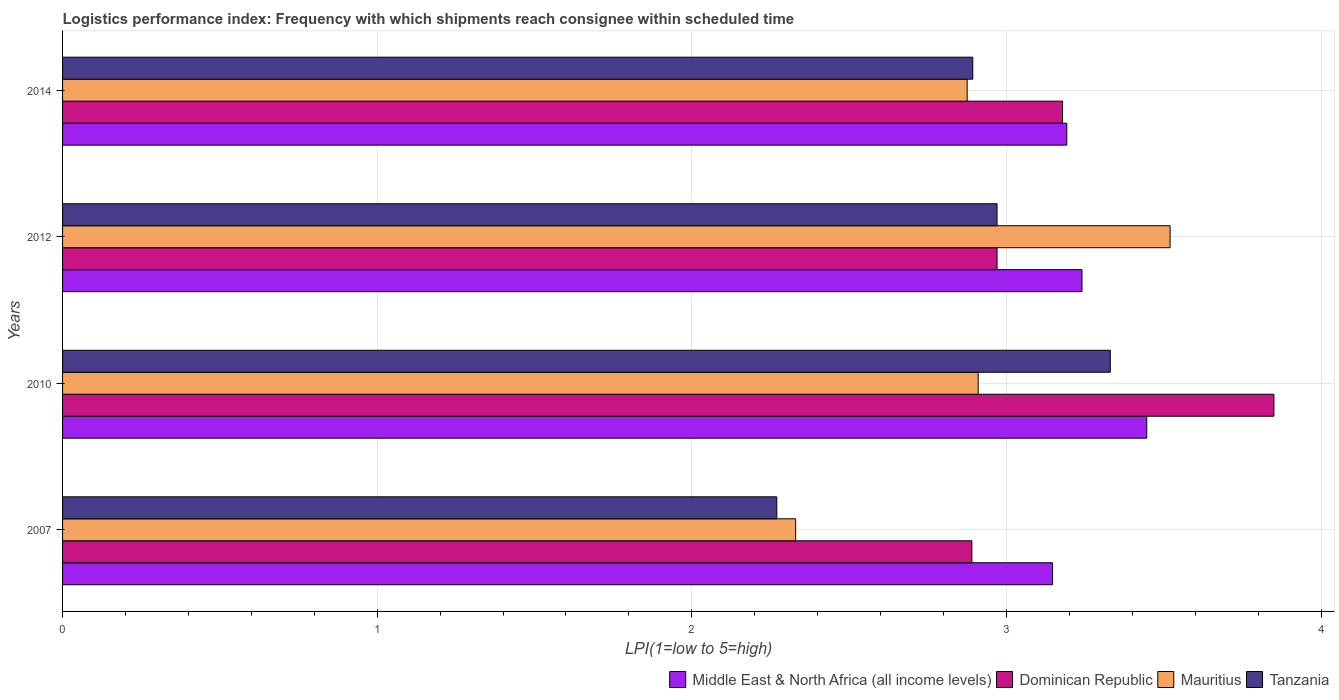
| Years | Middle East & North Africa (all income levels) | Dominican Republic | Mauritius | Tanzania |
 | --- | --- | --- | --- | --- |
 | 2007 | 3.15 | 2.89 | 2.33 | 2.27 |
 | 2010 | 3.45 | 3.85 | 2.91 | 3.33 |
 | 2012 | 3.24 | 2.97 | 3.52 | 2.97 |
 | 2014 | 3.19 | 3.18 | 2.88 | 2.89 |